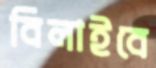
বিলাইবে